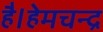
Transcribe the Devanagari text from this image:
है।हेमचन्द्र